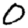
Digit: 0